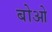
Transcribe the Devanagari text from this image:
बोओ